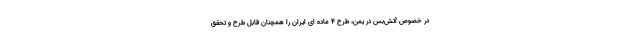
در خصوص آتش‌بس در یمن، طرح ۴ ماده ای ایران را همچنان قابل طرح و تحقق